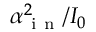
\alpha _ { \mathrm { ~ i ~ n ~ } } ^ { 2 } / I _ { 0 }